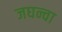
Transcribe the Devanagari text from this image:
जघन्वा